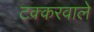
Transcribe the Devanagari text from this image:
टक्करवाले